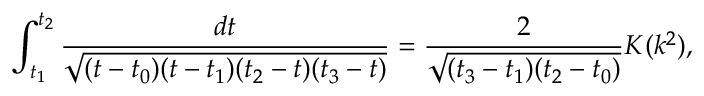
\int _ { t _ { 1 } } ^ { t _ { 2 } } \frac { d t } { \sqrt { ( t - t _ { 0 } ) ( t - t _ { 1 } ) ( t _ { 2 } - t ) ( t _ { 3 } - t ) } } = \frac 2 { \sqrt { ( t _ { 3 } - t _ { 1 } ) ( t _ { 2 } - t _ { 0 } ) } } K ( k ^ { 2 } ) ,